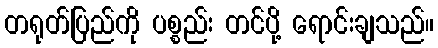
တရုတ်ပြည်ကို ပစ္စည်း တင်ပို့ ရောင်းချသည်။